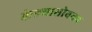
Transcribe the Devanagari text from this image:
केल्यासोबतच